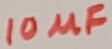
Text: 10µF